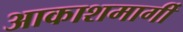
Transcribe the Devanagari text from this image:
आकाशमार्गी